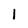
Character: 1